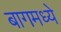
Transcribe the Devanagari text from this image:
बागमध्ये